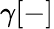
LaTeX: \gamma[-]